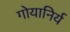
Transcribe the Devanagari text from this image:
गोयानिर्य